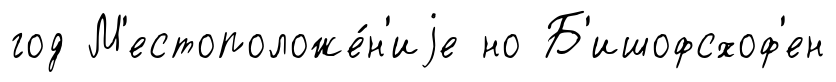
год М'естоположе́н'иjе но Б'ишофсхоф'ен